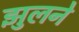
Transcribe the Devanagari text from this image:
झुलने